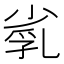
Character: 𡮑